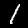
Label: 1